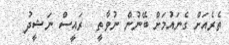
ތެރެއަށް ގެނައުމަށް ބޭނުން ނުވާތީ  ރައީސް ނަޝީދު